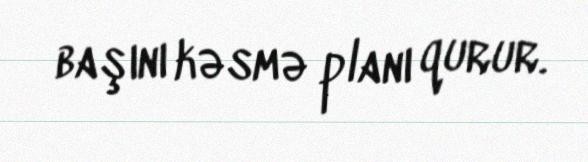
başını kəsmə planı qurur.